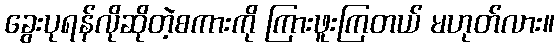
ခွေးပုရန်လိုဆိုတဲ့စကားကို ကြားဖူးကြတယ် မဟုတ်လား။